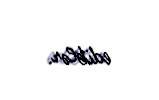
ediblər.